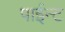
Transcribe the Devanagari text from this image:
पाईन्ट